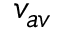
v _ { a v }